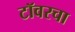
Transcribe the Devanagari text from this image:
टॉवरचा